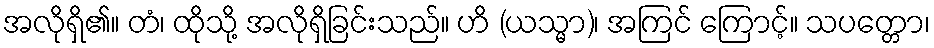
အလိုရှိ၏။ တံ၊ ထိုသို့ အလိုရှိခြင်းသည်။ ဟိ (ယသ္မာ)၊ အကြင် ကြောင့်။ သပတ္တော၊